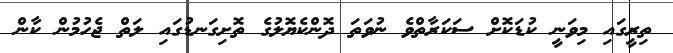
ތިރީގައި މިވަނީ ކުޑަކޮށް ސަކަރާތްވެ ނުވަތަ ދޮންކެޔޮލުގެ ތޮށިގަނޑުގައި ލަތް ޖެހުމުން ކާން